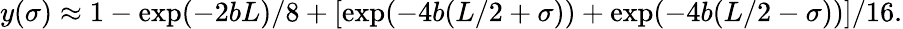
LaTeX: y(\sigma)\approx 1-\exp(-2bL)/8+[\exp(-4b(L/2+\sigma))+\exp(-4b(L/2-\sigma))]/16.